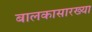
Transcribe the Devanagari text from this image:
बालकासारख्या